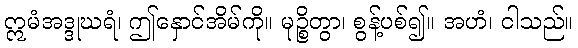
ဣမံအဒ္ဒုဃရံ၊ ဤနှောင်အိမ်ကို။ မုဉ္စိတွာ၊ စွန့်ပစ်၍။ အဟံ၊ ငါသည်။